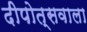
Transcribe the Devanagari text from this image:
दीपोत्सवाला